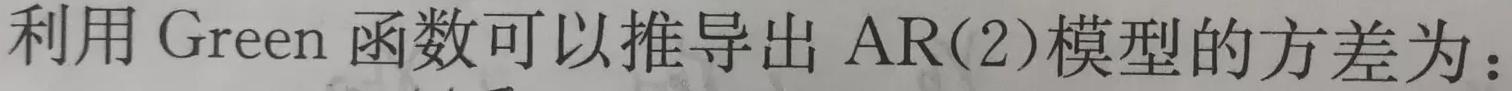
利用 Green 函数可以推导出 AR(2)模型的方差为：